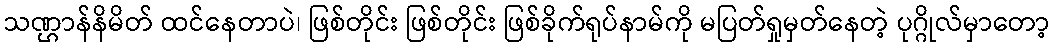
သဏ္ဌာန်နိမိတ် ထင်နေတာပဲ၊ ဖြစ်တိုင်း ဖြစ်တိုင်း ဖြစ်ခိုက်ရုပ်နာမ်ကို မပြတ်ရှုမှတ်နေတဲ့ ပုဂ္ဂိုလ်မှာတော့